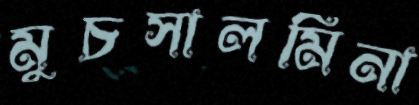
মুচসালমিনা